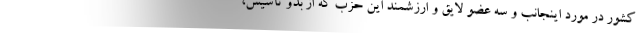
کشور در مورد اینجانب و سه عضو لایق و ارزشمند این حزب که از بدو تأسیس،